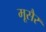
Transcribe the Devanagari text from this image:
मूसैर